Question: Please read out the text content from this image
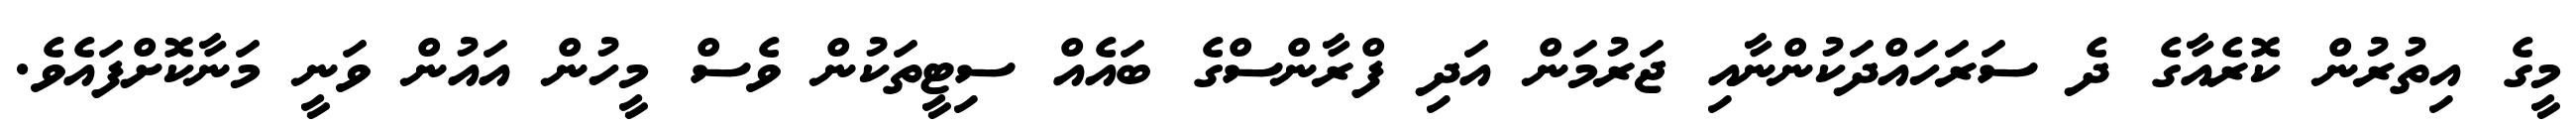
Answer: މީގެ އިތުރުން ކޮރެއާގެ ދެ ސަރަހައްދަކުންނާއި ޖަރުމަން އަދި ފްރާންސްގެ ބައެއް ސިޓީތަކުން ވެސް މީހުން އައުން ވަނީ މަނާކޮށްފައެވެ.